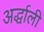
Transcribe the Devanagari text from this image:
अर्द्धाली